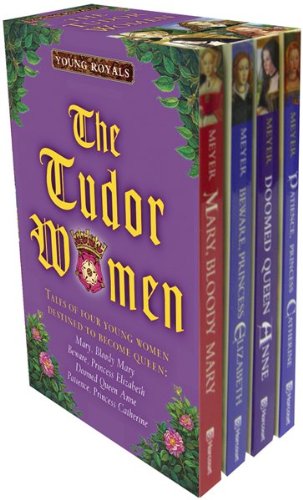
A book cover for Young Royals Boxed Set: The Tudor Women; Carolyn Meyer; Teen & Young Adult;